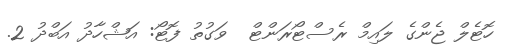
ހޮޓެލް ޖެންގެ ލައިމް ރެސްޓޯރަންޓް  ވަގުތު ފޮޓޯ: އަޝްހާދު އަބްދު 2.